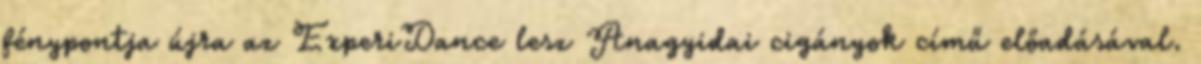
fénypontja újra az ExperiDance lesz Anagyidai cigányok című előadásával.